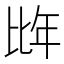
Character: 𭯌